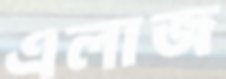
এলাজ